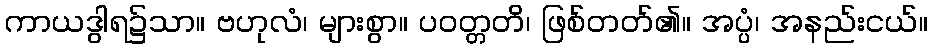
ကာယဒွါရ၌သာ။ ဗဟုလံ၊ များစွာ။ ပဝတ္တတိ၊ ဖြစ်တတ်၏။ အပ္ပံ၊ အနည်းငယ်။